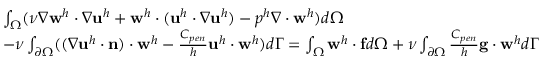
\begin{array} { r l } & { \int _ { \Omega } ( \nu \nabla \mathbf { w } ^ { h } \cdot \nabla \mathbf { u } ^ { h } + \mathbf { w } ^ { h } \cdot ( \mathbf { u } ^ { h } \cdot \nabla \mathbf { u } ^ { h } ) - p ^ { h } \nabla \cdot \mathbf { w } ^ { h } ) d \Omega } \\ & { - \nu \int _ { \partial \Omega } ( ( \nabla \mathbf { u } ^ { h } \cdot \mathbf { n } ) \cdot \mathbf { w } ^ { h } - \frac { C _ { p e n } } { h } \mathbf { u } ^ { h } \cdot \mathbf { w } ^ { h } ) d \Gamma = \int _ { \Omega } \mathbf { w } ^ { h } \cdot \mathbf { f } d \Omega + \nu \int _ { \partial \Omega } \frac { C _ { p e n } } { h } \mathbf { g } \cdot \mathbf { w } ^ { h } d \Gamma } \end{array}